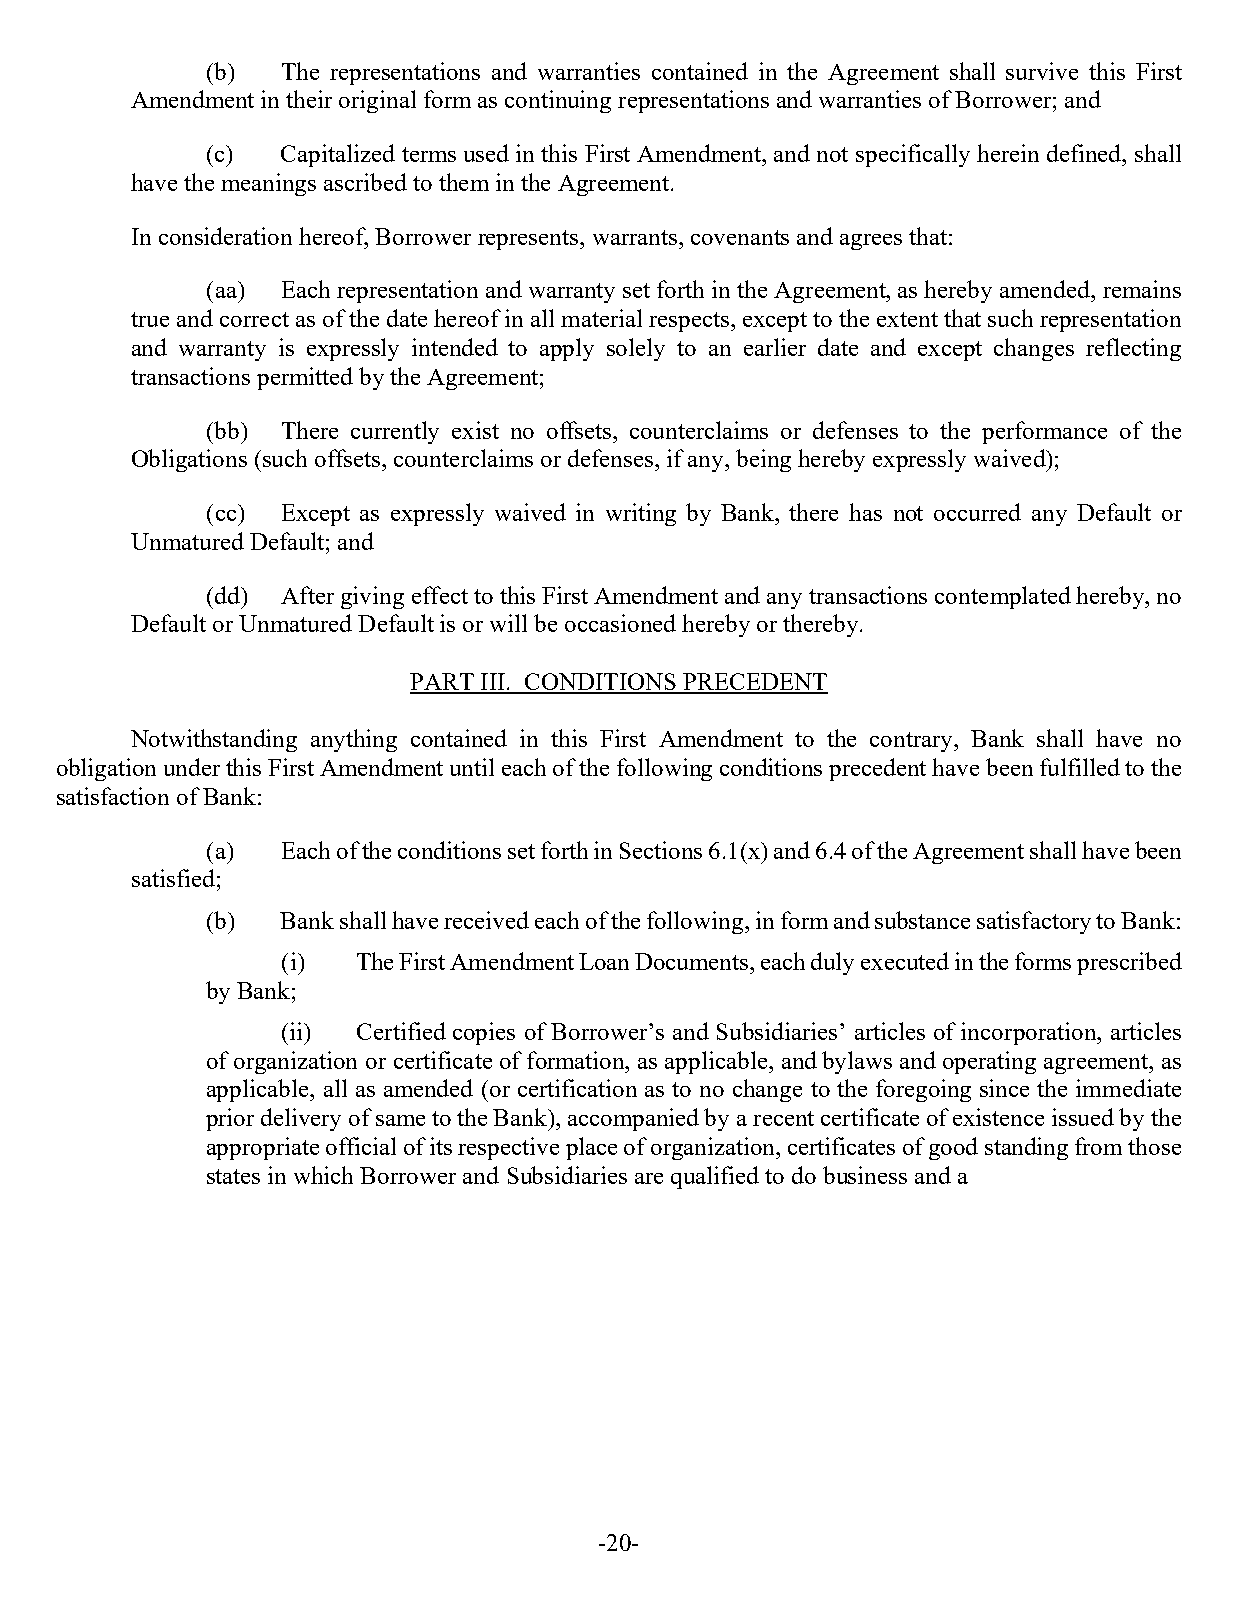
(b)  The representations and warranties contained in the Agreement shall survive this First
 Amendment in their original form as continuing representations and warranties of Borrower; and
 (c)  Capitalized terms used in this First Amendment, and not specifically herein defined, shall
 have the meanings ascribed to them in the Agreement.
 In consideration hereof, Borrower represents, warrants, covenants and agrees that:
 (aa) Each representation and warranty set forth in the Agreement, as hereby amended, remains
 true and correct as of the date hereof in all material respects, except to the extent that such representation
 and warranty is expressly intended to apply solely to an earlier date and except changes reflecting
 transactions permitted by the Agreement;
 (bb) There currently exist no offsets, counterclaims or defenses to the performance of the
 Obligations (such offsets, counterclaims or defenses, if any, being hereby expressly waived);
 (cc) Except as expressly waived in writing by Bank, there has not occurred any Default or
 Unmatured Default; and
 (dd) After giving effect to this First Amendment and any transactions contemplated hereby, no
 Default or Unmatured Default is or will be occasioned hereby or thereby.
 PART III. CONDITIONS PRECEDENT
 Notwithstanding anything contained in this First Amendment to the contrary, Bank shall have no
 obligation under this First Amendment until each of the following conditions precedent have been fulfilled to the
 satisfaction of Bank:
 (a)  Each of the conditions set forth in Sections 6.1(x) and 6.4 of the Agreement shall have been
 satisfied;
 (b)  Bank shall have received each of the following, in form and substance satisfactory to Bank:
 (i)  The First Amendment Loan Documents, each duly executed in the forms prescribed
 by Bank;
 (ii) Certified copies of Borrower’s and Subsidiaries’ articles of incorporation, articles
 of organization or certificate of formation, as applicable, and bylaws and operating agreement, as
 applicable, all as amended (or certification as to no change to the foregoing since the immediate
 prior delivery of same to the Bank), accompanied by a recent certificate of existence issued by the
 appropriate official of its respective place of organization, certificates of good standing from those
 states in which Borrower and Subsidiaries are qualified to do business and a
 -20-